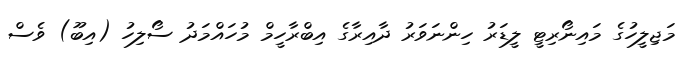
މަޖިލީހުގެ މައިނޯރިޓީ ލީޑަރު ހިންނަވަރު ދާއިރާގެ އިބްރާހީމް މުހައްމަދު ސޯލިހު (އިބޫ) ވެސް